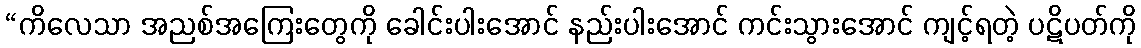
“ကိလေသာ အညစ်အကြေးတွေကို ခေါင်းပါးအောင် နည်းပါးအောင် ကင်းသွားအောင် ကျင့်ရတဲ့ ပဋိပတ်ကို